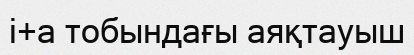
i+a тобындағы аяқтауыш